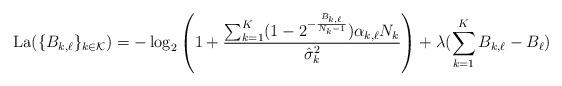
LaTeX: \begin{align*} \mathrm{La}(\{B_{k,\ell}\}_{k\in \mathcal{K}}) = -\log_2\left(1+\frac{\sum_{k =1}^K(1- 2^{-\frac{B_{k,\ell}}{N_k-1}}) \alpha_{k,\ell}N_k}{ {\hat{\sigma}_k}^2}\right) + \lambda(\sum_{k=1}^K B_{k,\ell} - B_{\ell})\end{align*}